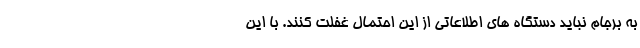
به برجام نباید دستگاه های اطلاعاتی از این احتمال غفلت کنند. با این